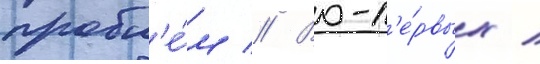
пробл'е́м // Во-п'е́рвых /